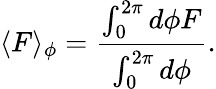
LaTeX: \langle F\rangle_{\phi}=\frac{\int_{0}^{2\pi}d\phi F}{\int_{0}^{2\pi}d\phi}.